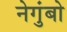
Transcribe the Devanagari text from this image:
नेगुंबो